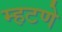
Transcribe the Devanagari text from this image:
म्हटणे